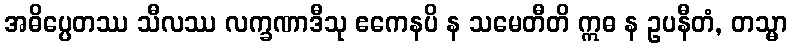
အဓိပ္ပေတဿ သီလဿ လက္ခဏာဒီသု ဧကေနပိ န သမေတီတိ ဣဓ န ဥပနီတံ, တသ္မာ